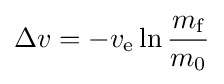
\Delta v=-v_{\text{e}}\ln {\frac {m_{\text{f}}}{m_{0}}}